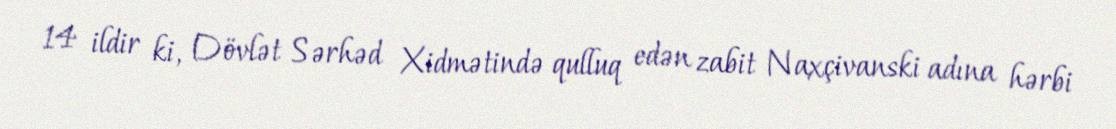
14 ildir ki, Dövlət Sərhəd Xidmətində qulluq edən zabit Naxçivanski adına hərbi